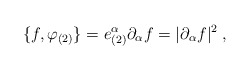
\begin{align*}\{f,\varphi _{(2)}\}=e_{(2)}^{\alpha }\partial _{\alpha }f=|\partial_{\alpha }f|^{2}\;, \end{align*}